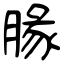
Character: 腞